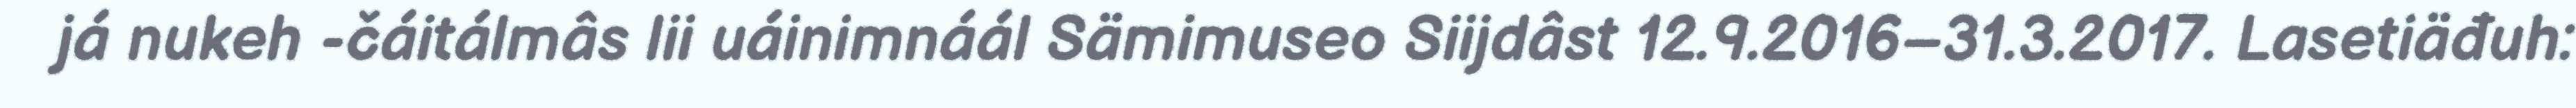
já nukeh -čáitálmâs lii uáinimnáál Sämimuseo Siijdâst 12.9.2016–31.3.2017. Lasetiäđuh: